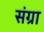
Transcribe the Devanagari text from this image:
संग्रा